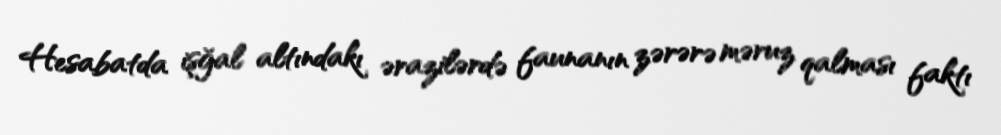
Hesabatda işğal altındakı ərazilərdə faunanın zərərə məruz qalması faktı